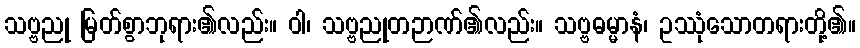
သဗ္ဗညု မြတ်စွာဘုရား၏လည်း။ ဝါ၊ သဗ္ဗညုတဉာဏ်၏လည်း။ သဗ္ဗဓမ္မာနံ၊ ဥဿုံသောတရားတို့၏။